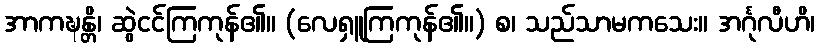
အာကဍ္ဎန္တိ၊ ဆွဲငင်ကြကုန်၏။ (လေရှူကြကုန်၏။) စ၊ သည်သာမကသေး။ အင်္ဂုလီဟိ၊